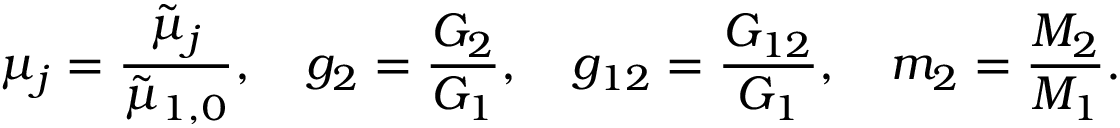
\mu _ { j } = \frac { \tilde { \mu } _ { j } } { \tilde { \mu } _ { 1 , 0 } } , \quad g _ { 2 } = \frac { G _ { 2 } } { G _ { 1 } } , \quad g _ { 1 2 } = \frac { G _ { 1 2 } } { G _ { 1 } } , \quad m _ { 2 } = \frac { M _ { 2 } } { M _ { 1 } } .